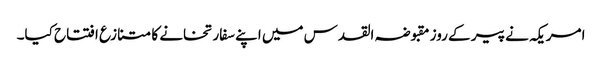
امریکہ نے پیر کے روز مقبوضہ القدس میں اپنے سفارتخانے کا متنازع افتتاح کیا۔